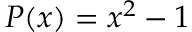
P ( x ) = x ^ { 2 } - 1